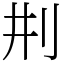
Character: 㓝